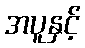
အပူနှင့်